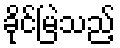
ခိုင်မြဲသည့်